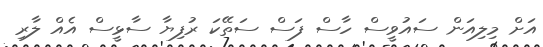
އަށް މިލިއަން ސައުވީސް ހާސް ފަސް ސަތޭކަ ރުފިޔާ ސާޅީސް އެއް ލާރި